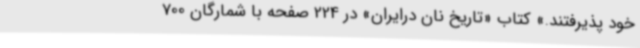
خود پذیرفتند.» کتاب «تاریخ نان درایران» در 224 صفحه با شمارگان 700